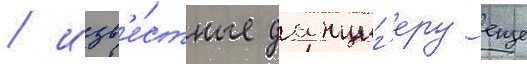
/ изв'е́стные данциг'еру еще